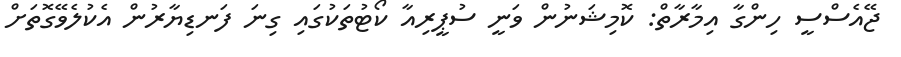
ޖޭއެސްސީ ހިންގާ އިމާރާތް: ކޮމިޝަނުން ވަނީ ސުޕީރިއާ ކޯޓުތަކުގައި ގިނަ ފަނޑިޔާރުން އެކުލެވޭގޮތަށް